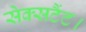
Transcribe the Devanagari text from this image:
सेक्सटैंट।